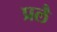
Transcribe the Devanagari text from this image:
प्रलै